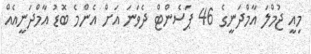
މިއީ ޖުމްލަ އާމްދަނީގެ 46 ޕަސެންޓް ދެވަނަ އަށް އެންމެ ބޮޑު އާމްދަނީއެެއް